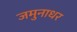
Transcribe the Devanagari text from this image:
जमुनाधर